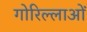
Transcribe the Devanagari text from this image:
गोरिल्लाओं